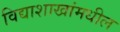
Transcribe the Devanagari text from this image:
विद्याशाखांमधील